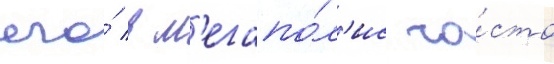
его́ в м'егапо́л'ис ча́сто